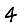
Digit: 4